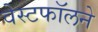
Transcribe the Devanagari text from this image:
वेस्टफॉलने